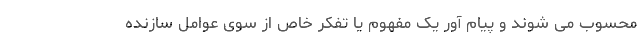
محسوب می شوند و پیام آور یک مفهوم یا تفکر خاص از سوی عوامل سازنده